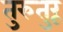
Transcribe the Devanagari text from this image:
तुरुतुरू